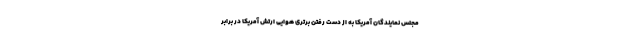
مجلس نمایندگان آمریکا به از دست رفتن برتری هوایی ارتش آمریکا در برابر